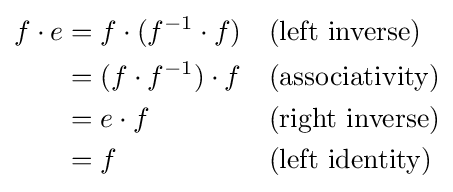
{\begin{aligned}f\cdot e&=f\cdot (f^{-1}\cdot f)&&{\text{(left inverse)}}\\&=(f\cdot f^{-1})\cdot f&&{\text{(associativity)}}\\&=e\cdot f&&{\text{(right inverse)}}\\&=f&&{\text{(left identity)}}\end{aligned}}